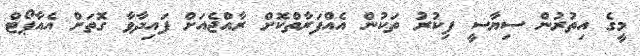
މީގެ އިތުރުން ސިޔާސީ ފިކުރު ތަކުން އެއްފަރާތްކޮށް ރާއްޖެއަށް ފައިދާވާ ގޮތަށް އެއާޕޯޓް